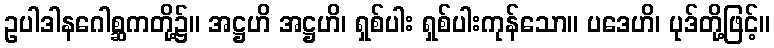
ဥပါဒါနဂေါစ္ဆကတို့၌။ အဋ္ဌဟိ အဋ္ဌဟိ၊ ရှစ်ပါး ရှစ်ပါးကုန်သော။ ပဒေဟိ၊ ပုဒ်တို့ဖြင့်။